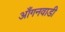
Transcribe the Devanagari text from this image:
आँगनवाडी